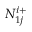
N _ { 1 j } ^ { i + }